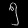
Digit: ၅